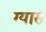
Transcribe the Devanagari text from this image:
ग्यास